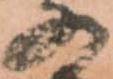
の